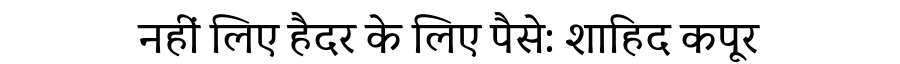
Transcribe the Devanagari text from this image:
नहीं लिए हैदर के लिए पैसे: शाहिद कपूर